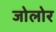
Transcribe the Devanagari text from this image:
जोलोर